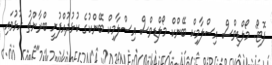
ފޮޓޯ: މޯލްޑިވްސް އިސްލާމިކް ބޭންކް މޯލްޑިވްސް އިސްލާމިކް ބޭންކުގެ ކުޅުދުއްފުށީ ބްރާންޗު ހުޅުވައި